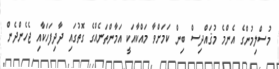
މުސްލިމުންގެ އެންމެ މުޤައްދިސް ބިން ކަމަށްވާ މައްކާއަކީ އަމާންތަނެއްގެ ގޮތުގައި ދާދިފަހަކާއި ޖެހެންދެން